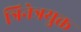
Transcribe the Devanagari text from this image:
त्रिनेत्रयुक्त